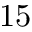
1 5